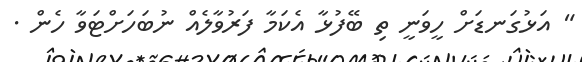
" އަޅުގަނޑަށް ހީވަނީ ތި ބޭފުޅާ އެކަމާ ފަރުވާލެއް ނުބަހަށްޓަވާ ހެން .